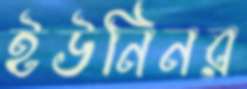
ইউনিনর